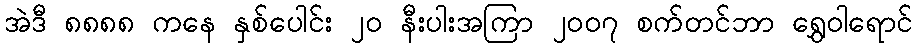
အဲဒီ ၈၈၈၈ ကနေ နှစ်ပေါင်း ၂၀ နီးပါးအကြာ ၂၀၀၇ စက်တင်ဘာ ရွှေဝါရောင်